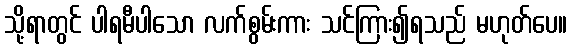
သို့ရာတွင် ပါရမီပါသော လက်စွမ်းကား သင်ကြား၍ရသည် မဟုတ်ပေ။